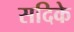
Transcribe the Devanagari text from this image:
सदिके